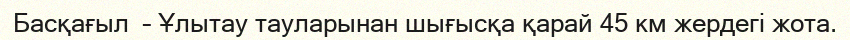
Басқағыл  – Ұлытау тауларынан шығысқа қарай 45 км жердегі жота.